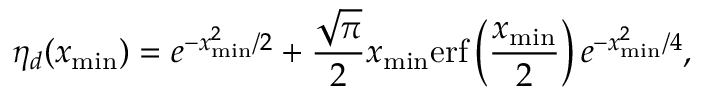
\eta _ { d } ( x _ { \mathrm { m i n } } ) = e ^ { - x _ { \mathrm { m i n } } ^ { 2 } / 2 } + \frac { \sqrt { \pi } } { 2 } x _ { \mathrm { m i n } } \mathrm { e r f } \left( \frac { x _ { \mathrm { m i n } } } { 2 } \right) e ^ { - x _ { \mathrm { m i n } } ^ { 2 } / 4 } ,